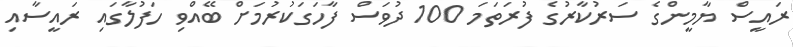
ރައީސް ޔާމީންގެ ސަރުކާރުގެ ފުރަތަމަ 100 ދުވަސް ފާހަގަކުރުމަށް ބޭއްވި ހަފުލާގައި ރައީސާއި